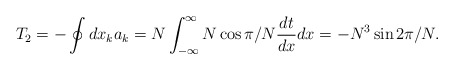
\begin{align*}T_2 = - \oint dx_k a_k = N \int_{-\infty}^{\infty} N \cos\pi/N \frac{dt}{dx} dx=-N^3 \sin 2\pi/N. \end{align*}